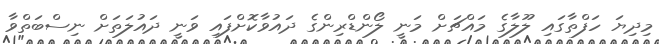
މިދިޔަ ހަފްތާގައި ލޫލާގެ މައްޗަށް މަނީ ލޯންޑްރިންގެ ދައުވާކޮށްފައި ވަނީ ދައުލަތަށް ނިސްބަތްވާ